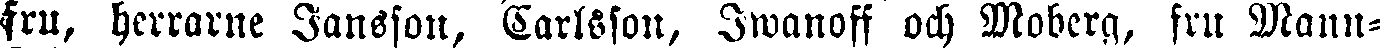
fru, herrarne Jansson, Carlsson, Iwanoff och Moberg, fru Mann-